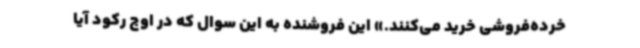
خرده‌فروشی خرید می‌کنند.» این فروشنده به این سوال که در اوج رکود آیا